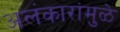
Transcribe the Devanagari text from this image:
अलंकारांमुळे